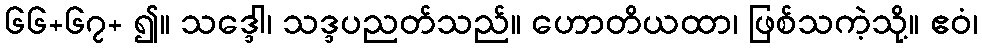
၆၆+၆၇+ ၍။ သဒ္ဒေါ၊ သဒ္ဒပညတ်သည်။ ဟောတိယထာ၊ ဖြစ်သကဲ့သို့။ ဧဝံ၊